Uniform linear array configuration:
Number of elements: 48
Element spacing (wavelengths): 0.25
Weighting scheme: hann
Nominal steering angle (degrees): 45
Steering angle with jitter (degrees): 45.125
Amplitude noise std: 0.05
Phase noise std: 0.05

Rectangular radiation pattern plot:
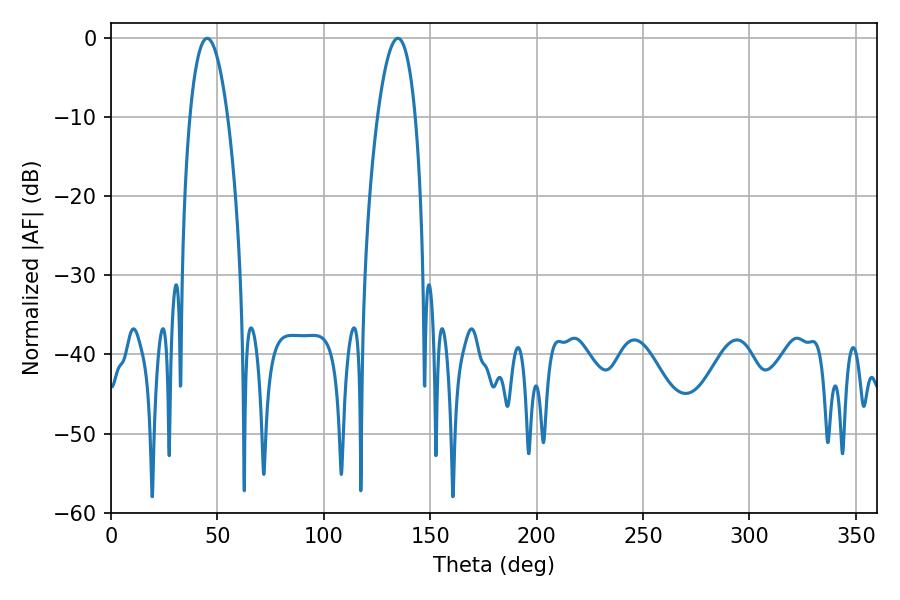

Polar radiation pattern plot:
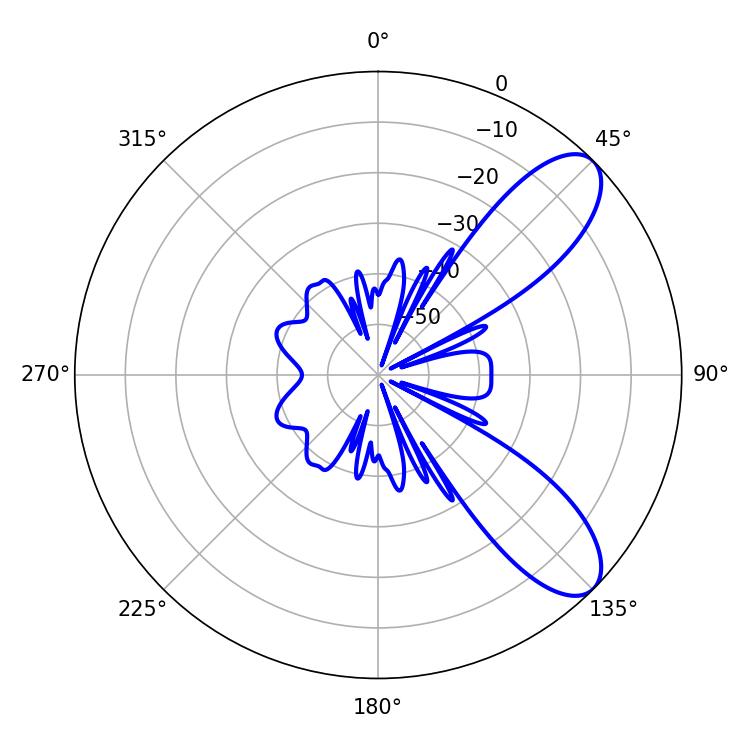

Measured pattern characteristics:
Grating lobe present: FALSE
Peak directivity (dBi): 8.825
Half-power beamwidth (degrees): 9.9
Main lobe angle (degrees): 45.18